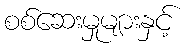
စစ်ဆေးမှုများနှင့်